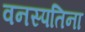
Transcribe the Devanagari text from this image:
वनस्पतिना